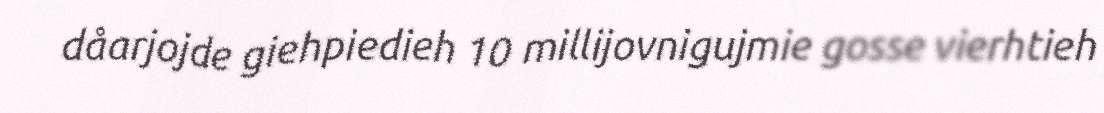
dåarjojde giehpiedieh 10 millijovnigujmie gosse vierhtieh